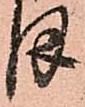
ま